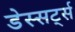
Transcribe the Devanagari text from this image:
डेस्सर्ट्स